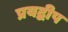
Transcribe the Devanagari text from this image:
प्रयद्वीप